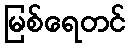
မြစ်ရေတင်